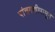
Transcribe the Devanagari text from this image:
पांचगणीपासून